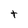
Character: t